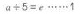
$$a \div 5 = e \cdots \cdots 4$$